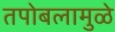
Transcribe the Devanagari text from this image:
तपोबलामुळे